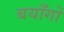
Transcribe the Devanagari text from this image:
बयाँगों